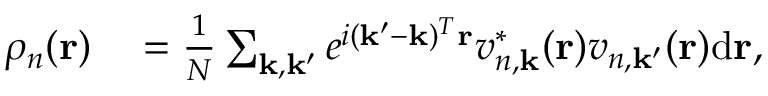
\begin{array} { r l } { \rho _ { n } ( \mathbf { r } ) } & { { } = \frac { 1 } { N } \sum _ { \mathbf { k } , \mathbf { k } ^ { \prime } } e ^ { i ( \mathbf { k } ^ { \prime } - \mathbf { k } ) ^ { T } \mathbf { r } } v _ { n , \mathbf { k } } ^ { * } ( \mathbf { r } ) v _ { n , \mathbf { k } ^ { \prime } } ( \mathbf { r } ) \mathrm { d } \mathbf { r } , } \end{array}